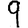
Digit: 9